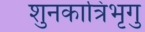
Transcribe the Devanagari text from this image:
शुनकात्रिभृगु